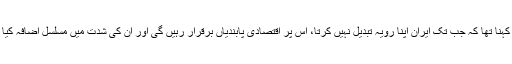
تاہم اُن کا کہنا تھا کہ جب تک ایران اپنا رویہ تبدیل نہیں کرتا، اُس پر اقتصادی پابندیاں برقرار رہیں گی اور اُن کی شدت میں مسلسل اضافہ کیا جائے گا۔